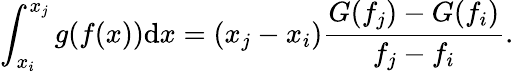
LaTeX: \int_{x_{i}}^{x_{j}}g(f(x))\mathrm{d}x=(x_{j}-x_{i})\frac{G(f_{j})-G(f_{i})}{f_{j}-f_{i}}.